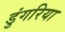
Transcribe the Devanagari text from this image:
डुंगरिया